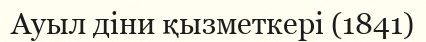
Ауыл діни қызметкері (1841)